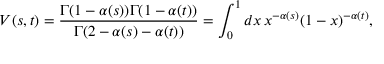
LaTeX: V ( s , t ) = \frac { \Gamma ( 1 - \alpha ( s ) ) \Gamma ( 1 - \alpha ( t ) ) } { \Gamma ( 2 - \alpha ( s ) - \alpha ( t ) ) } = \int _ { 0 } ^ { 1 } d x \, x ^ { - \alpha ( s ) } ( 1 - x ) ^ { - \alpha ( t ) } ,